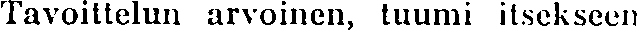
Tavoittelun arvoinen, tuumi itsekseen